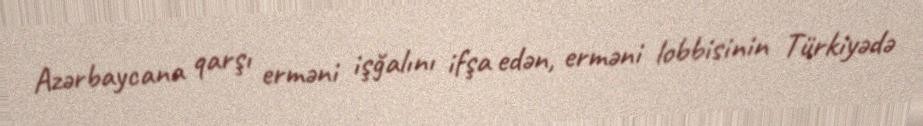
Azərbaycana qarşı erməni işğalını ifşa edən, erməni lobbisinin Türkiyədə